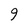
Character: 9